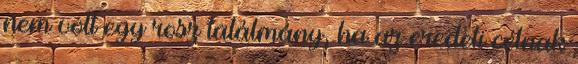
nem volt egy rosz találmány, ha az eredeti célnak